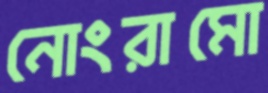
নোংরামো